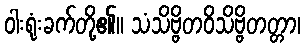
ဝါးရုံးခက်တို့၏။ သံသိဗ္ဗိတဝိသိဗ္ဗိတတ္တာ၊